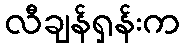
လီချန်ရှန်းက